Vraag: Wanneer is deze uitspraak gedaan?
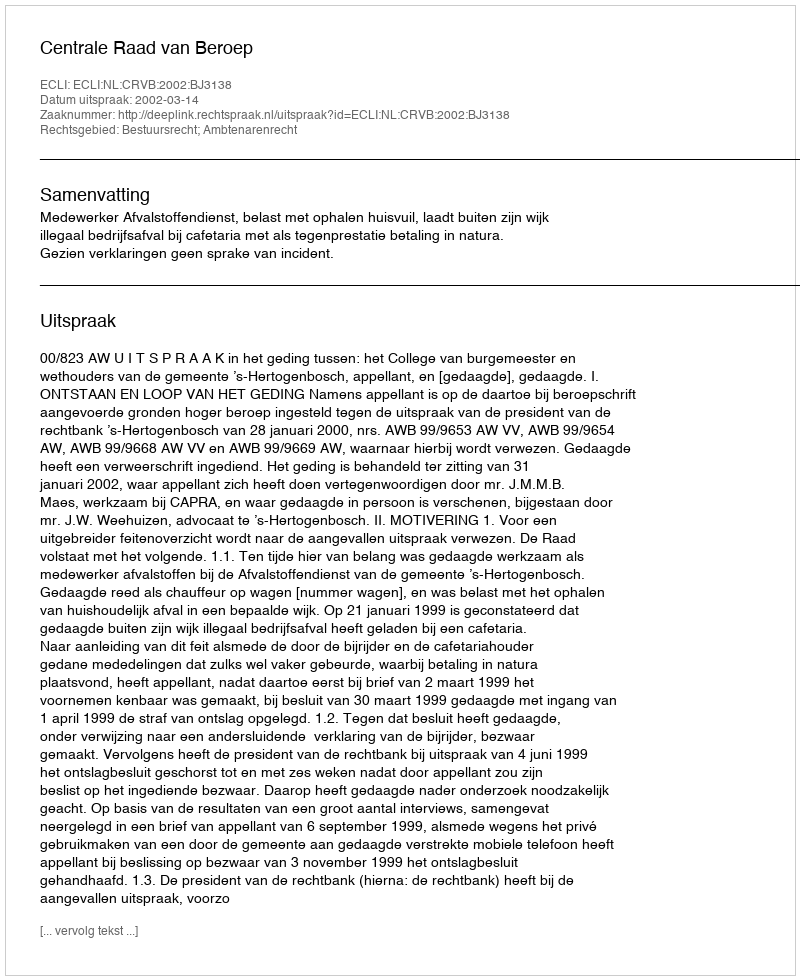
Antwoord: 2002-03-14